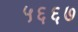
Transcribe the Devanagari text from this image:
५६६७